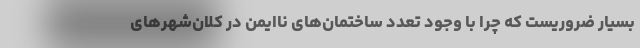
بسیار ضروریست که چرا با وجود تعدد ساختمان‌های ناایمن در کلان‌شهرهای